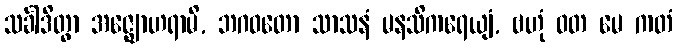
သင်္ခါဒိတွာ အဇ္ဈောဟရာမိ, ဘဂဝတော သာသနံ မနသိကရေယျံ, ဗဟုံ ဝတ မေ ကတံ